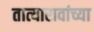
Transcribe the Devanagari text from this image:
तात्यारावांच्या